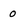
Character: 0